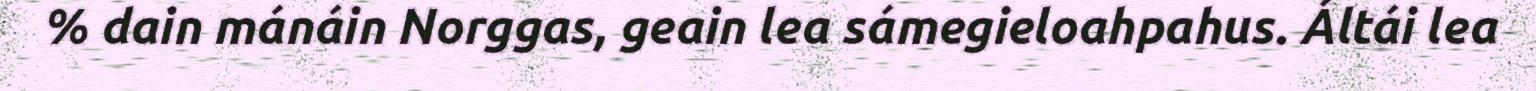
% dain mánáin Norggas, geain lea sámegieloahpahus. Áltái lea